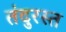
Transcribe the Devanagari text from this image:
तंदुरस्त